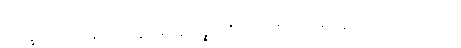
ဘိက္ခဝေ၊ ရဟန်းတို့။ ဣမေခေါ ပဉ္စ၊ ဤငါးပါးတို့တည်း။ ဣတိ၊ ဤသို့။ အဝေါ၊